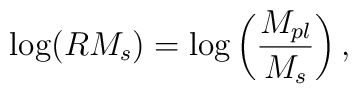
\mbox{log} (R M_s) = \mbox{log}\left(\frac{M_{pl}}{M_s}\right),